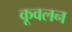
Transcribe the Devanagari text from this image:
कूवलन